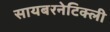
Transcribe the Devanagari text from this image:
सायबरनेटिक्ली